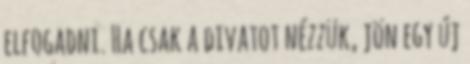
elfogadni. Ha csak a divatot nézzük, jön egy új